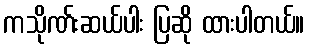
ကသိုဏ်းဆယ်ပါး ပြဆို ထားပါတယ်။